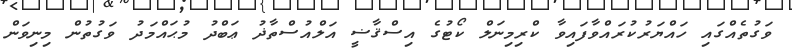
ވަގުތެއްގައި ހައްޔަރުކުރައްވާފައިވާ ކްރިމިނަލް ކޯޓުގެ އިސްޤާޟީ އަލްއުސްތާޛު ޢަބްދު މުޙައްމަދު ވަގުތުން މިނިވަން